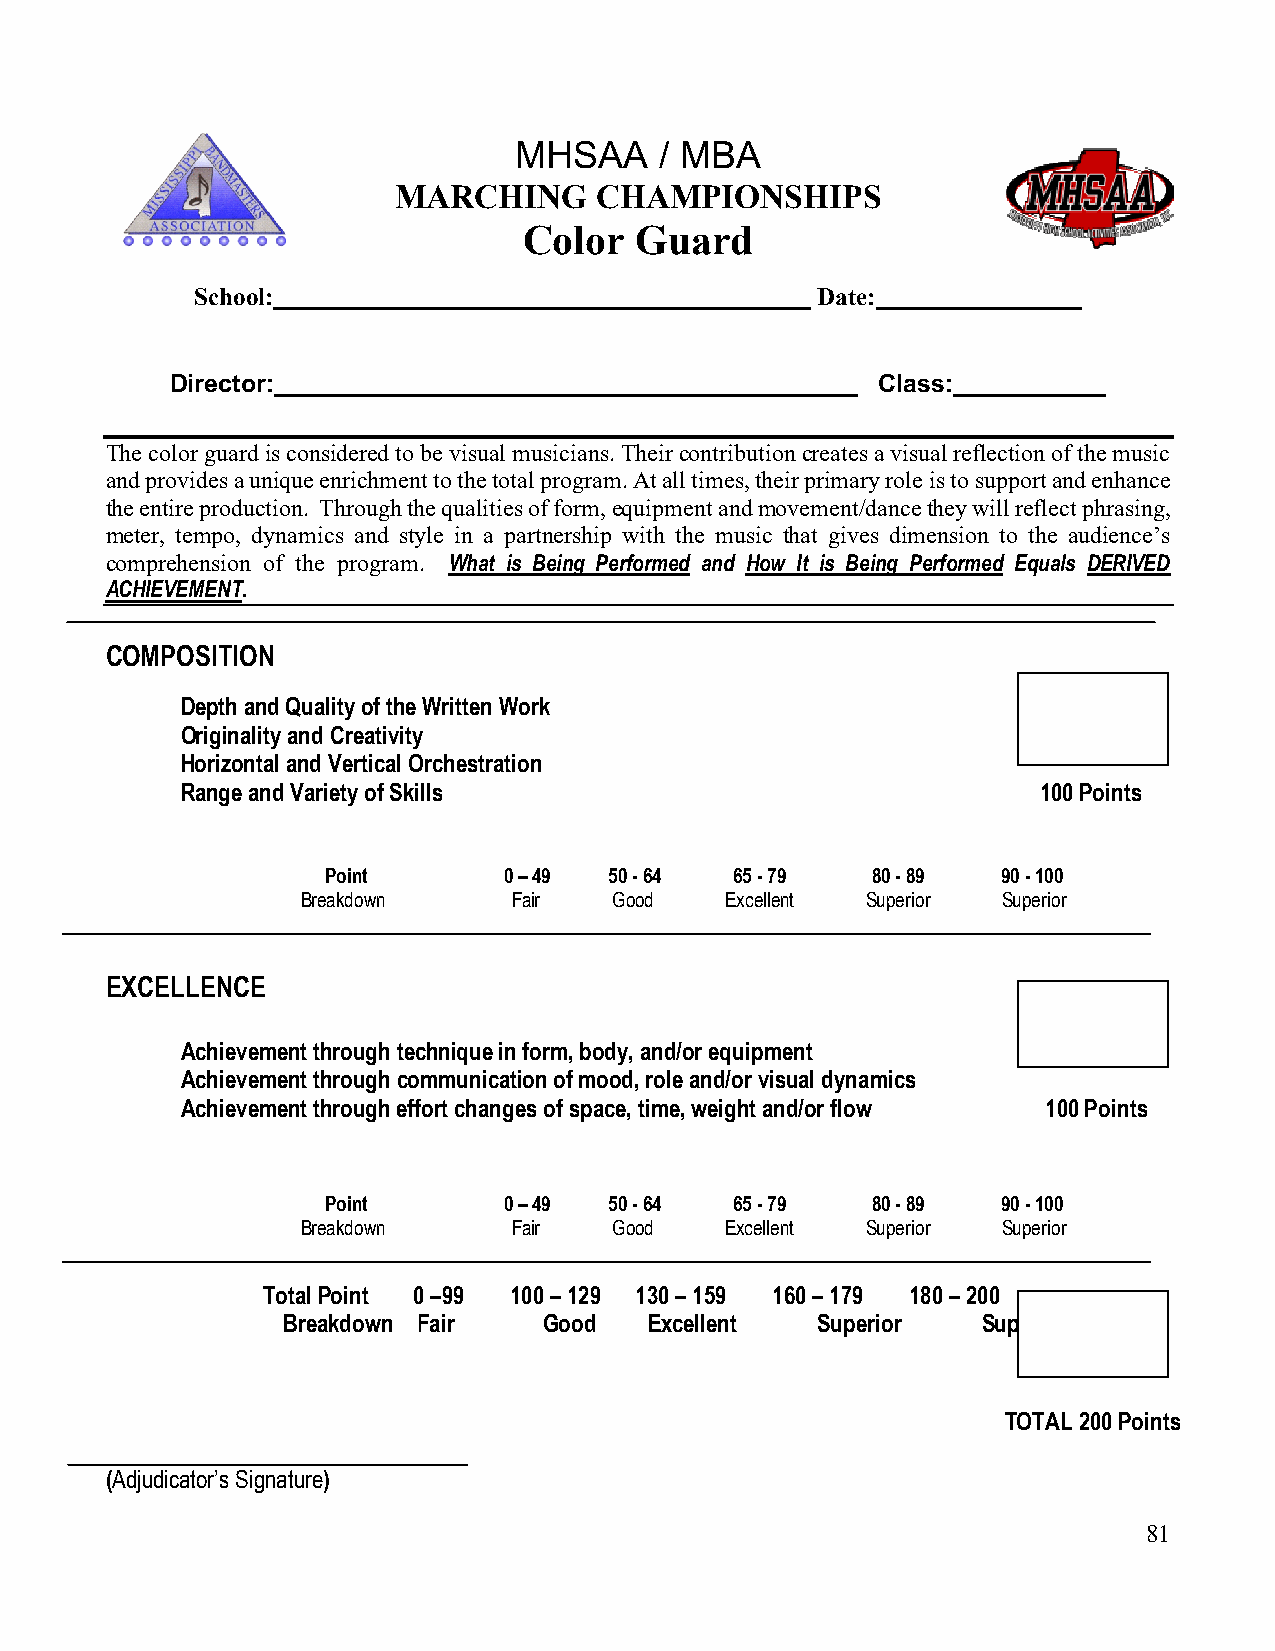
MHSAA     / MBA
 MARCHING     CHAMPIONSHIPS
 Color  Guard
 School:                                  Date: ________________
 Director:                                      Class:       __
 The color guard is considered to be visual musicians. Their contribution creates a visual reflection of the music
 and provides a unique enrichment to the total program. At all times, their primary role is to support and enhance
 the entire production. Through the qualities of form, equipment and movement/dance they will reflect phrasing,
 meter, tempo, dynamics and style in a partnership with the music that gives dimension to the audience’s
 comprehension of the program. What is Being Performed and How It is Being Performed Equals DERIVED
 ACHIEVEMENT.
 COMPOSITION
 Depth and Quality of the Written Work
 Originality and Creativity
 Horizontal and Vertical Orchestration
 Range and Variety of Skills                              100 Points
 Point      0 – 49 50 - 64  65 - 79  80 - 89 90 - 100
 Breakdown     Fair   Good   Excellent Superior Superior
 EXCELLENCE
 Achievement through technique in form, body, and/or equipment
 Achievement through communication of mood, role and/or visual dynamics
 Achievement through effort changes of space, time, weight and/or flow 100 Points
 Point      0 – 49 50 - 64  65 - 79  80 - 89 90 - 100
 Breakdown     Fair   Good   Excellent Superior Superior
 Total Point 0 –99 100 – 129 130 – 159 160 – 179 180 – 200
 Breakdown Fair   Good   Excellent  Superior   Superior
 TOTAL 200 Points
 (Adjudicator’s Signature)
 81